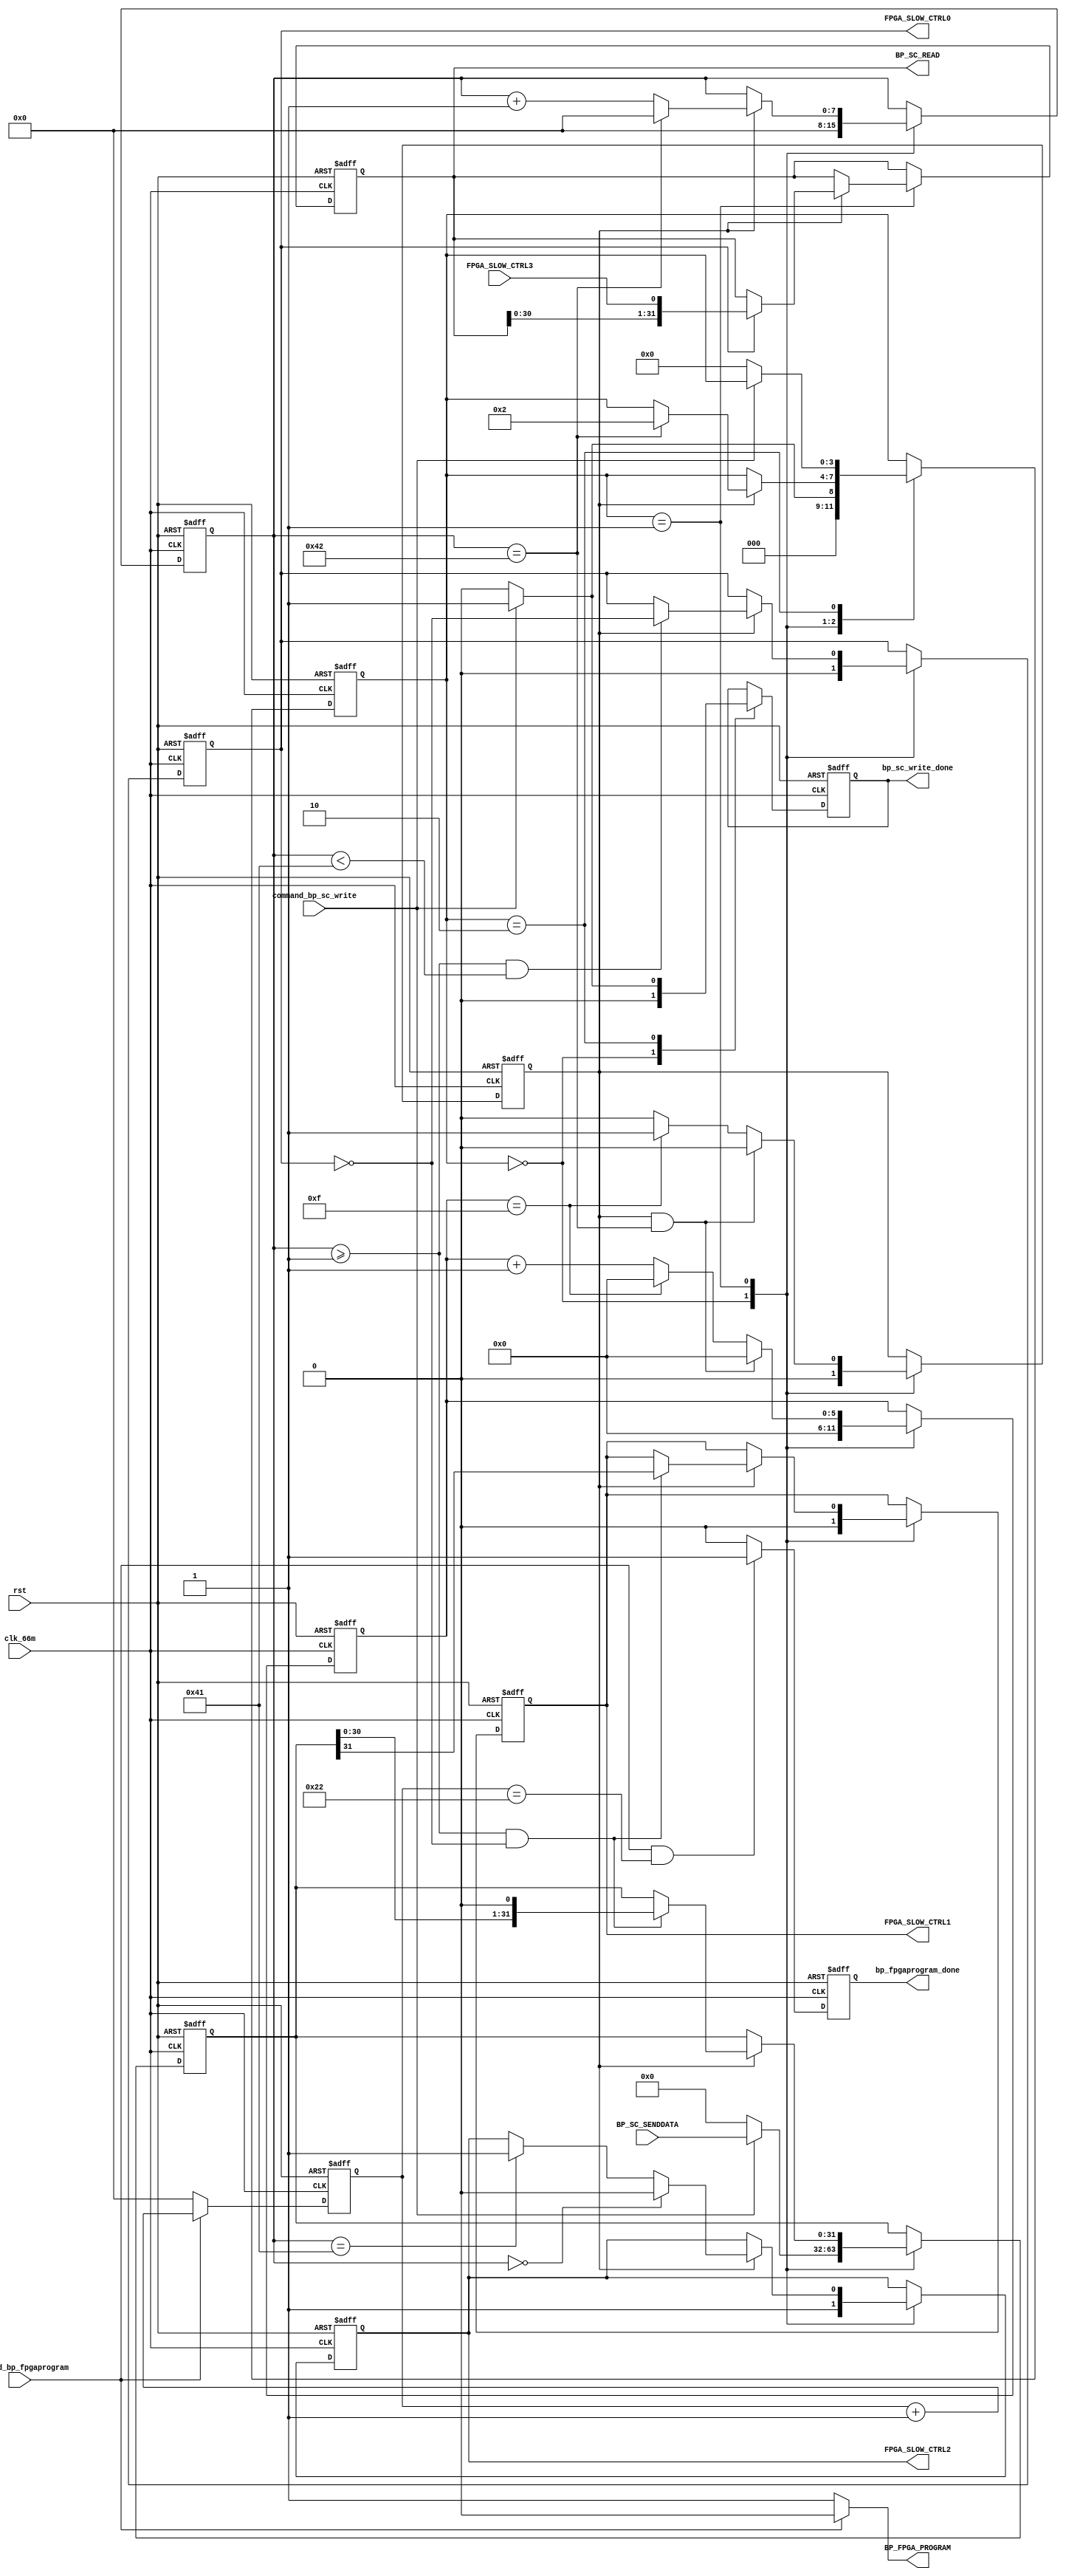
//dragon_ver4_readout_board
//KONNO Yusuke
//Kyoto Univ.
//analog trigger backplane module
//20140224: created

module ANALOG_BACKPLANE(
			 FPGA_SLOW_CTRL3,
			 FPGA_SLOW_CTRL2,
			 FPGA_SLOW_CTRL1,
			 FPGA_SLOW_CTRL0,
			 clk_66m,
			 rst,
			 command_bp_sc_write,
			 bp_sc_write_done,
			 BP_SC_SENDDATA,
			 BP_SC_READ,
			 command_bp_fpgaprogram,
			 bp_fpgaprogram_done,
			 BP_FPGA_PROGRAM
				 
			 //DEBUG //debug
		 );
	 
//--------------------------------------------
//Port declaration
	input FPGA_SLOW_CTRL3;
	output FPGA_SLOW_CTRL2;
	output FPGA_SLOW_CTRL1;
	output FPGA_SLOW_CTRL0;
	input clk_66m;
	input rst;
	input command_bp_sc_write;
	output bp_sc_write_done;
	input[31:0] BP_SC_SENDDATA;
	output[31:0] BP_SC_READ;
	input command_bp_fpgaprogram;
	output bp_fpgaprogram_done;
	output BP_FPGA_PROGRAM;
	
//--------------------------------------------
//Analog Trigger Backplan Slow Control(SPI)

	reg bp_subclk;
	reg[5:0] bp_subclk_c;
	reg bp_sc_cs;
	reg bp_sc_clk;
	reg bp_sc_mosi;
	wire bp_sc_miso;
	reg[31:0] bp_sc_reg;
	reg[3:0] bp_state;
	reg[7:0] bp_count;
	reg bp_sc_write_done;
	reg[31:0] BP_SC_READ;

	assign FPGA_SLOW_CTRL0 = bp_sc_clk;
	assign FPGA_SLOW_CTRL1 = bp_sc_mosi;
	assign FPGA_SLOW_CTRL2 = bp_sc_cs;
	assign bp_sc_miso = FPGA_SLOW_CTRL3;

	always@(posedge clk_66m or posedge rst) begin
		if(rst) begin	
			bp_subclk <= 1'b0;
			bp_subclk_c <= 6'd0;
			bp_sc_cs <= 1'b1;
			bp_sc_clk <= 1'b0;
			bp_sc_mosi <= 1'b0;
			bp_sc_reg <= 32'd0;
			bp_state <= 4'd0;
			bp_count <= 8'd0;
			bp_sc_write_done <= 1'b0;
			BP_SC_READ <= 32'd0;
		end else begin
			case(bp_state)
				4'd0: begin //command wait
					bp_subclk <= 1'b0;
					bp_subclk_c <= 6'd0;
					bp_sc_cs <= 1'b1;
					bp_sc_clk <= 1'b0;
					bp_sc_mosi <= 1'b0;
					bp_sc_reg <= 32'd0;
					bp_state <= 4'd0;
					bp_count <= 8'd0;
					bp_sc_write_done <= 1'b0;

					if(command_bp_sc_write == 1'b1) begin
						bp_state <= 4'd1;
					end

					if(command_bp_sc_write == 1'b1) begin
						bp_sc_reg <= BP_SC_SENDDATA[31:0];
					end else begin
						bp_sc_reg <= 32'd0;
					end
				end

				4'd1: begin // write BP SC register
					if(bp_subclk == 1'd1 && bp_count == 8'd66) begin
						bp_subclk_c <= 6'd0;
						bp_subclk <= 1'b0;
					end else if(bp_subclk_c == 6'd15)begin
						bp_subclk_c <= 6'd0;
						bp_subclk <= 1'b1;
					end else begin
						bp_subclk_c <= bp_subclk_c + 6'd1;
						bp_subclk <= 1'b0;
					end

					if(bp_subclk == 1'b1) begin
						if(bp_count == 8'd66) begin
							bp_count <= 8'd0;
						end else begin
							bp_count <= bp_count + 8'd1;
						end

						if(bp_count == 8'd0) begin
							bp_sc_cs <= 1'b0;
						end else if(bp_count == 8'd65) begin
							bp_sc_cs <= 1'b1;
						end

						if(bp_count >= 8'd1 && bp_count < 8'd65) begin
							bp_sc_clk <= ~bp_sc_clk;
						end

						if(bp_count >= 8'd1 && bp_sc_clk == 1'b0) begin
							bp_sc_mosi <= bp_sc_reg[31];
							bp_sc_reg[31:0] <= {bp_sc_reg[30:0],1'b0};
						end

						if(bp_sc_clk == 1'b1) begin
							BP_SC_READ[31:0] <= {BP_SC_READ[30:0],bp_sc_miso};
						end

						if(bp_count == 8'd66) begin
							bp_state <= 4'd2;
						end
					end
				end

				4'd2: begin //write done
					if(command_bp_sc_write == 1'b0) begin
						bp_state <= 4'd0;
						bp_sc_write_done <= 1'b0;
					end else begin
						bp_sc_write_done <= 1'b1;
					end
				end
			endcase
		end
	end


//BP FPGA Reboot

	reg bp_fpgaprogram_done;
	reg[7:0] bp_reboot_c;

	assign BP_FPGA_PROGRAM = (command_bp_fpgaprogram ? 1'b0 : 1'b1);

	always@(posedge clk_66m or posedge rst) begin
		if(rst) begin
			bp_reboot_c <= 8'd0;
			bp_fpgaprogram_done <= 1'b0;
		end else begin
			bp_reboot_c <= (command_bp_fpgaprogram ? bp_reboot_c + 8'd1 : 8'd0);
			bp_fpgaprogram_done <= (command_bp_fpgaprogram & bp_reboot_c==8'd34 ? 1'b1 : 1'b0);
		end
	end

endmodule